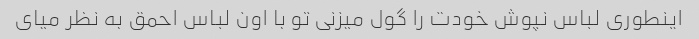
اینطوری لباس نپوش خودت را گول میزنی تو با اون لباس احمق به نظر میای